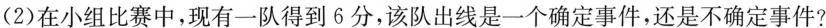
(2)在小组比赛中，现有一队得到6分，该队出线是一个确定事件，还是不确定事件?